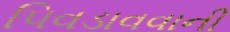
પિવડાવવાની